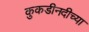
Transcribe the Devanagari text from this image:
कुकडीनदीच्या